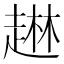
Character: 𰷹